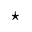
\star